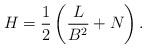
LaTeX: \begin{align*}H=\frac12\left(\frac{L}{B^2}+N\right).\end{align*}